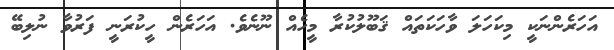
އަހަރެންނަކީ މިކަހަލަ ވާހަކަތައް ޤަބޫލުކުރާ މީހެއް ނޫނެވެ. އަހަރެން ހީކުރަނީ ފަރުވާ ނުލިބޭ